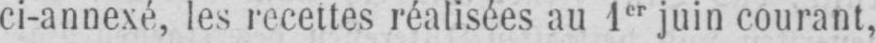
ci-annexé, les recettes réalisées au 1er juin courant,